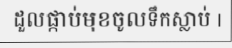
ដួលផ្កាប់មុខចូលទឹកស្លាប់ |